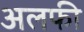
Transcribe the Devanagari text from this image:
अलफी